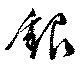
銀